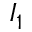
I _ { 1 }